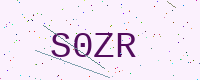
Text: S0ZR